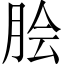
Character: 脍